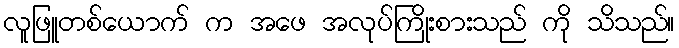
လူဖြူတစ်ယောက် က အဖေ အလုပ်ကြိုးစားသည် ကို သိသည်။